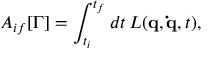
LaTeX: A _ { i f } [ \Gamma ] = \int _ { t _ { i } } ^ { t _ { f } } d t \, L ( \mathbf { q } , \mathbf { \dot { q } } , t ) ,